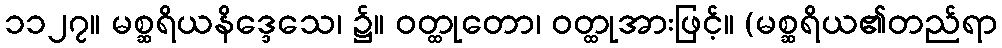
၁၁၂၇။ မစ္ဆရိယနိဒ္ဒေသေ၊ ၌။ ဝတ္ထုတော၊ ဝတ္ထုအားဖြင့်။ (မစ္ဆရိယ၏တည်ရာ